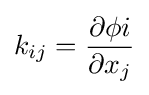
k_{ij}={\frac {\partial \phi {i}}{\partial x_{j}}}